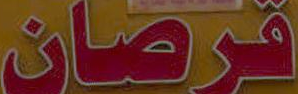
قرصان